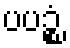
ပပဉ္စံ